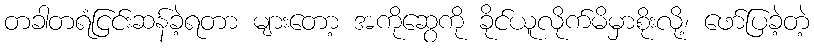
တခါတရံငြင်းဆန်ခဲ့ရတာ များတော့ အကိုဆွေကို ခိုင်ယူလိုက်မိမှာစိုးလို့၊ ဖော်ပြခဲ့တဲ့